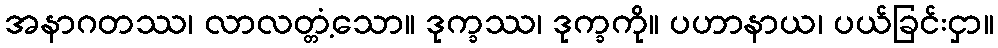
အနာဂတဿ၊ လာလတ္တံ့သော။ ဒုက္ခဿ၊ ဒုက္ခကို။ ပဟာနာယ၊ ပယ်ခြင်းငှာ။